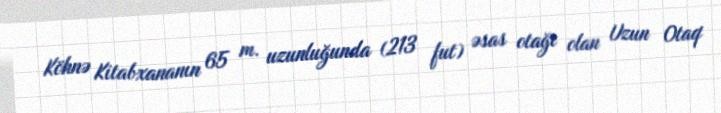
Köhnə Kitabxananın 65 m. uzunluğunda (213 fut) əsas otağı olan Uzun Otaq